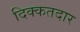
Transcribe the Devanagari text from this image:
दिक्कतदार